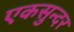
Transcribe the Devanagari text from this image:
एकसुन्दर